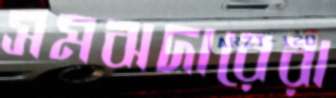
সমঝদারেরা